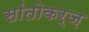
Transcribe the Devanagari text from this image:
सांतोकर्ज़